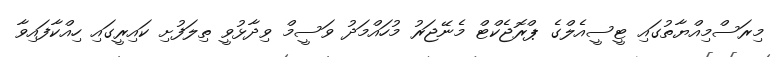
މިރަސްމިއްޔާތުގައި ޓީސީއެލްގެ ޕްރޮޖެކްޓް މެނޭޖަރު މުހައްމަދު ވަސީމް ވިދާޅުވީ ތިލަފުށި ކައިރީގައި ހިއްކާފައިވާ